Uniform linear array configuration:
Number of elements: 24
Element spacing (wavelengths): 1
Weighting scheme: kaiser
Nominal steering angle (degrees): -45
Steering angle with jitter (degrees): -44.553
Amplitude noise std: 0.05
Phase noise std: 0.05

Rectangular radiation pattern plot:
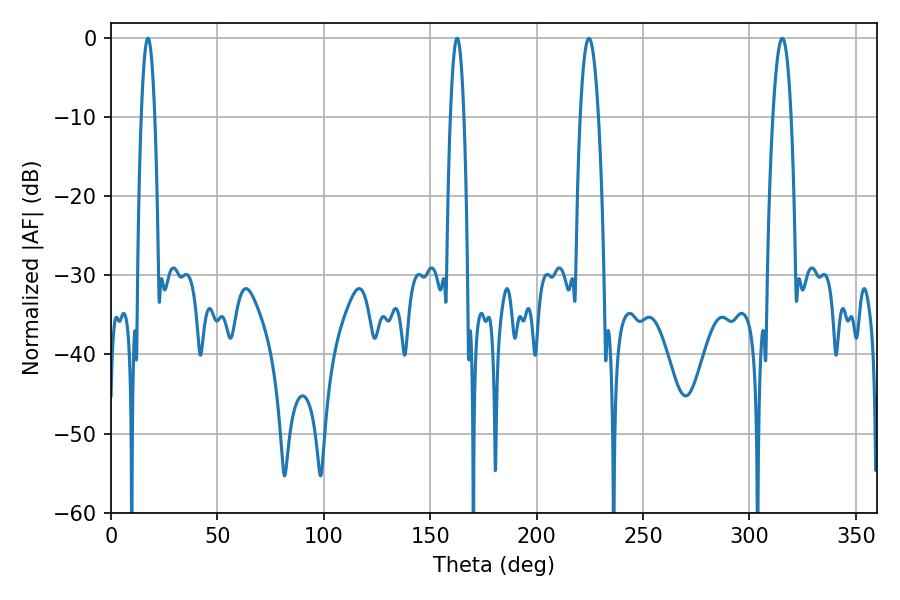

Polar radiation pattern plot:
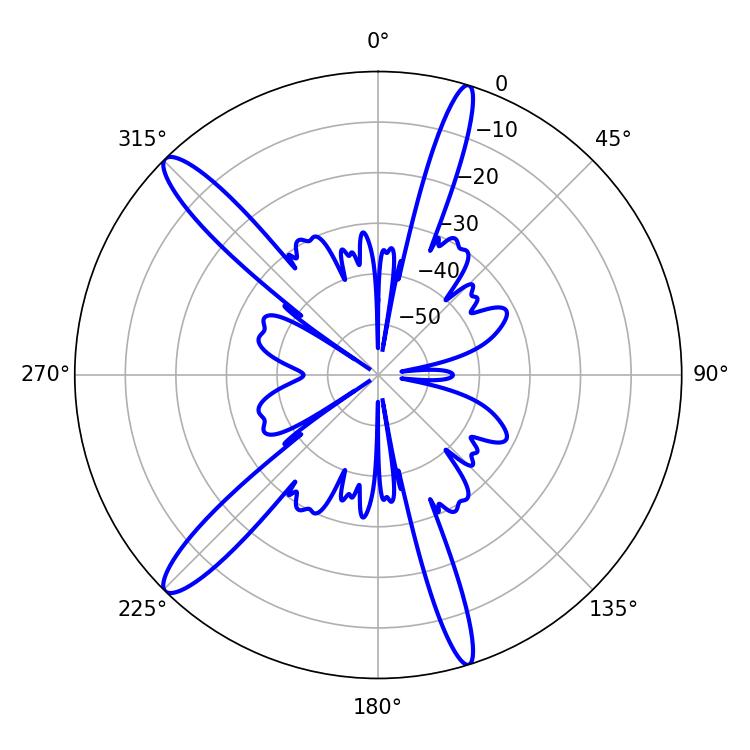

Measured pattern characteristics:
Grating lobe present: TRUE
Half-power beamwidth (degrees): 4.68
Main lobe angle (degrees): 315.36